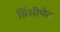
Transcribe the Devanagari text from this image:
प्रिंसीपेट